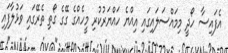
އެފައިސާ ހޯދީ މިމައްސަލައިގައި އިއްޔެ ހައްޔަރުކުރި މީހެއްގެ ގޭގެ ގޯތި ތެރޭގައި ވަޅުލާފައި